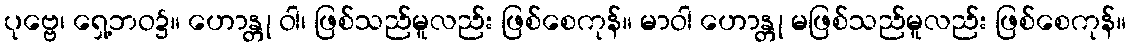
ပုဗ္ဗေ၊ ရှေ့ဘဝ၌။ ဟောန္တု ဝါ၊ ဖြစ်သည်မူလည်း ဖြစ်စေကုန်။ မာဝါ ဟောန္တု မဖြစ်သည်မူလည်း ဖြစ်စေကုန်။